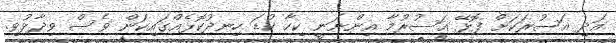
އަދި އަސުރަކަށް ފޮޅޭ އަސުރުމާ އިންނަނީ ކިހާ ކުޑަ ހިނދުކޮޅެއްގައިކަން ވެސް ވިދާޅުވި.